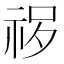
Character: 𱵈